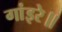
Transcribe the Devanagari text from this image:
गांइरे॥